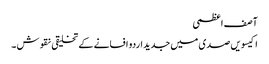
آصف اعظمی
اکیسویں صدی میں جدید اردو افسانے کے تخلیقی نقوش ۔